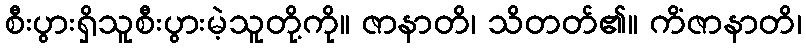
စီးပွားရှိသူစီးပွားမဲ့သူတို့ကို။ ဇာနာတိ၊ သိတတ်၏။ ကိံဇာနာတိ၊